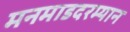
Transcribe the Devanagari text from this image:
मनमाडदरम्यान